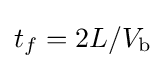
t_{f}=2L/V_{\text{b}}